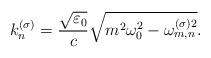
LaTeX: \begin{align*}k_{n}^{(\sigma )}=\frac{\sqrt{\varepsilon _{0}}}{c}\sqrt{m^{2}\omega_{0}^{2}-\omega _{m,n}^{(\sigma )2}}. \end{align*}